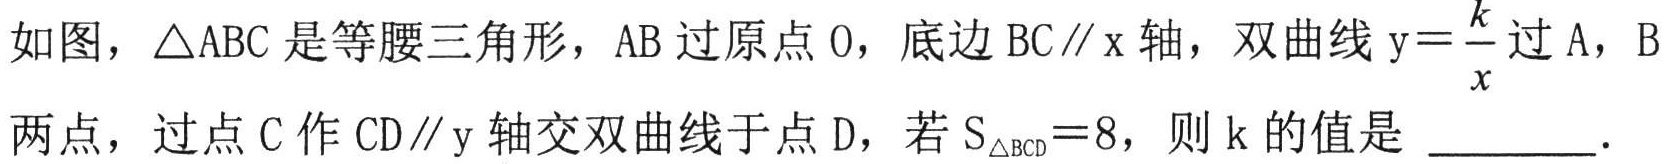
如图，$\triangle ABC$是等腰三角形，$AB$过原点$O$，底边$BC\parallel x$轴，双曲线$y = \dfrac{k}{x}$过$A$，$B$两点，过点$C$作$CD\parallel y$轴交双曲线于点$D$，若$S_{\triangle BCD}=8$，则$k$的值是 ________．